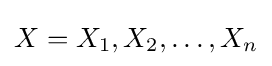
X=X_{1},X_{2},\dots ,X_{n}